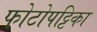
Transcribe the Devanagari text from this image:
फोटोपट्टिका